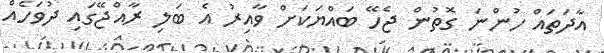
އާދަތައް ހުންނަ ގޮތުން ޖެހޭ ބައްޔަކަށް ވާއިރު އެ ބަލި ރާއްޖޭގައި ދުވަހެއް